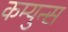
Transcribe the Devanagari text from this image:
कम्युन्स